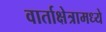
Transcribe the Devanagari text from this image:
वार्ताक्षेत्रामध्ये